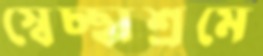
স্বেচ্ছাশ্রমে